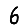
Digit: 6